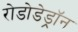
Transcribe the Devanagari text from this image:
रोडोडेड्रॉन